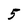
Character: 5